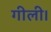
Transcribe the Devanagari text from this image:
गीली।